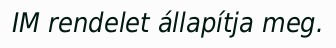
IM rendelet állapítja meg.